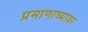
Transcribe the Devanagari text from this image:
प्रमाणाच्यावर